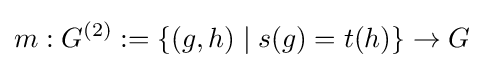
m:G^{(2)}:=\{(g,h)\mid s(g)=t(h)\}\to G